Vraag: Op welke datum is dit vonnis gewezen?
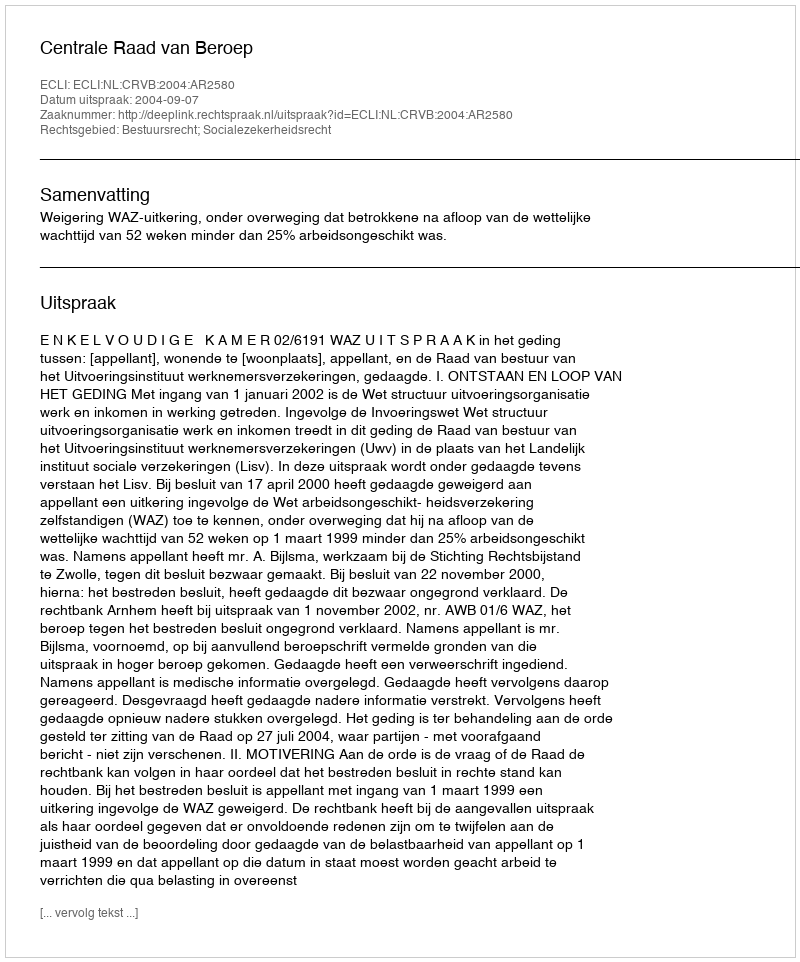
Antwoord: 2004-09-07